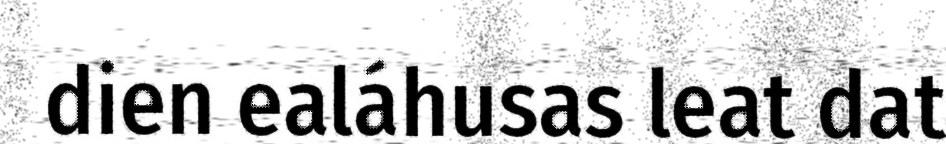
dien ealáhusas leat dat